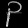
Digit: ၃